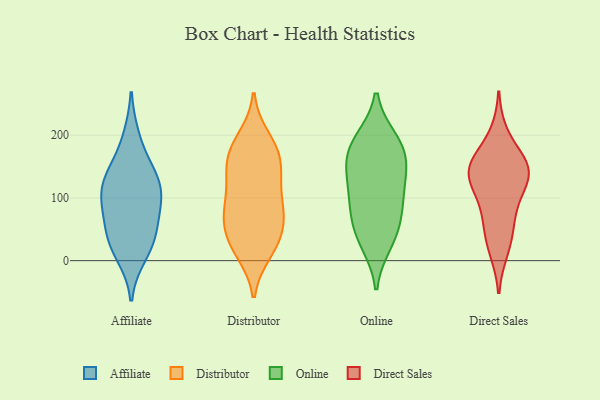
{"axis": {"x": "Backlog", "y": "Value"}, "legend": ["Affiliate", "Direct Sales", "Distributor", "Online"], "data": [{"x": "", "y": 143, "type": "Affiliate"}, {"x": "", "y": 32, "type": "Affiliate"}, {"x": "", "y": 131, "type": "Affiliate"}, {"x": "", "y": 10, "type": "Affiliate"}, {"x": "", "y": 89, "type": "Affiliate"}, {"x": "", "y": 34, "type": "Affiliate"}, {"x": "", "y": 101, "type": "Affiliate"}, {"x": "", "y": 128, "type": "Affiliate"}, {"x": "", "y": 96, "type": "Affiliate"}, {"x": "", "y": 53, "type": "Affiliate"}, {"x": "", "y": 195, "type": "Affiliate"}, {"x": "", "y": 29, "type": "Distributor"}, {"x": "", "y": 75, "type": "Distributor"}, {"x": "", "y": 115, "type": "Distributor"}, {"x": "", "y": 62, "type": "Distributor"}, {"x": "", "y": 164, "type": "Distributor"}, {"x": "", "y": 146, "type": "Distributor"}, {"x": "", "y": 15, "type": "Distributor"}, {"x": "", "y": 54, "type": "Distributor"}, {"x": "", "y": 29, "type": "Distributor"}, {"x": "", "y": 118, "type": "Distributor"}, {"x": "", "y": 196, "type": "Distributor"}, {"x": "", "y": 179, "type": "Distributor"}, {"x": "", "y": 187, "type": "Distributor"}, {"x": "", "y": 149, "type": "Distributor"}, {"x": "", "y": 75, "type": "Distributor"}, {"x": "", "y": 72, "type": "Distributor"}, {"x": "", "y": 156, "type": "Distributor"}, {"x": "", "y": 95, "type": "Distributor"}, {"x": "", "y": 13, "type": "Distributor"}, {"x": "", "y": 129, "type": "Online"}, {"x": "", "y": 84, "type": "Online"}, {"x": "", "y": 193, "type": "Online"}, {"x": "", "y": 158, "type": "Online"}, {"x": "", "y": 179, "type": "Online"}, {"x": "", "y": 133, "type": "Online"}, {"x": "", "y": 192, "type": "Online"}, {"x": "", "y": 35, "type": "Online"}, {"x": "", "y": 161, "type": "Online"}, {"x": "", "y": 28, "type": "Online"}, {"x": "", "y": 56, "type": "Online"}, {"x": "", "y": 104, "type": "Online"}, {"x": "", "y": 80, "type": "Online"}, {"x": "", "y": 84, "type": "Direct Sales"}, {"x": "", "y": 149, "type": "Direct Sales"}, {"x": "", "y": 151, "type": "Direct Sales"}, {"x": "", "y": 36, "type": "Direct Sales"}, {"x": "", "y": 153, "type": "Direct Sales"}, {"x": "", "y": 135, "type": "Direct Sales"}, {"x": "", "y": 64, "type": "Direct Sales"}, {"x": "", "y": 111, "type": "Direct Sales"}, {"x": "", "y": 200, "type": "Direct Sales"}, {"x": "", "y": 142, "type": "Direct Sales"}, {"x": "", "y": 140, "type": "Direct Sales"}, {"x": "", "y": 18, "type": "Direct Sales"}]}